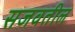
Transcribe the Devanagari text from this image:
सजवतील